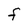
Character: F